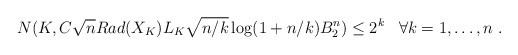
\begin{align*}N(K , C \sqrt{n} Rad(X_K) L_K \sqrt{n/k} \log(1+n/k) B_2^n) \leq 2^k \;\;\; \forall k = 1,\ldots,n ~.\end{align*}